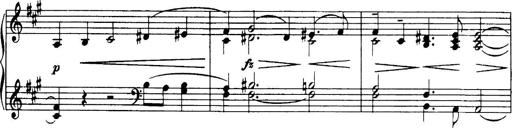
Title: 3 Sonatinas, Op.67
Composer: Jean Sibelius